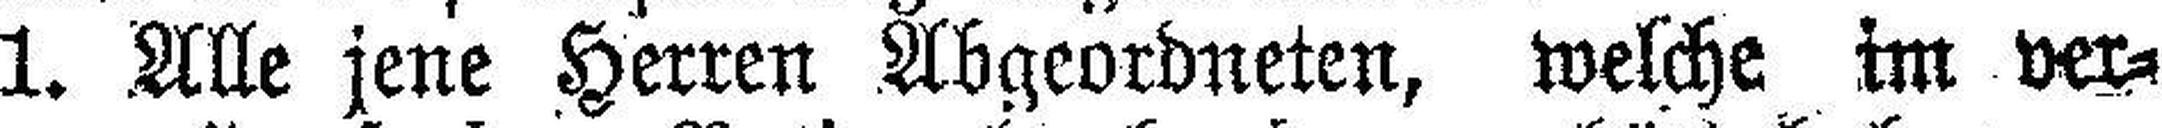
1. Alle jene Herren Abgeordneten, welche im ver¬